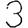
Digit: 3